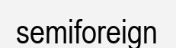
semiforeign